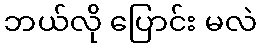
ဘယ်လို ပြောင်း မလဲ